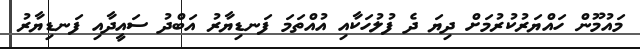
މައުމޫން ހައްޔަރުކުރުމަށް ދިޔަ ދެ ފުލުހަކާއި އުއްތަމަ ފަނޑިޔާރު އަބްދު ސައީދާއި ފަނޑިޔާރު